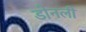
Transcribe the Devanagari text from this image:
डोनली